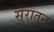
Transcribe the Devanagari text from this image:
सुरातन